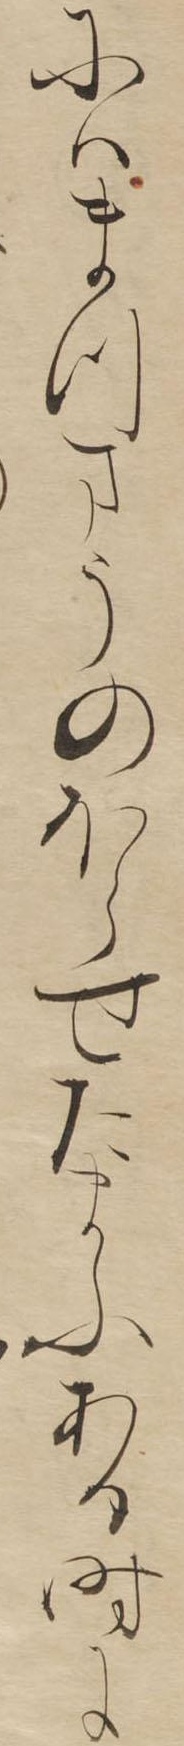
にはまつまうのほらせたまふある時に